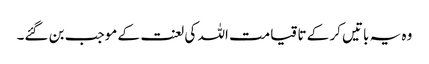
وہ یہ باتیں کر کے تا قیامت اللہ کی لعنت کے موجب بن گئے۔